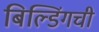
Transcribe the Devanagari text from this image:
बिल्डिंगची